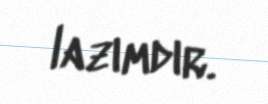
lazımdır.